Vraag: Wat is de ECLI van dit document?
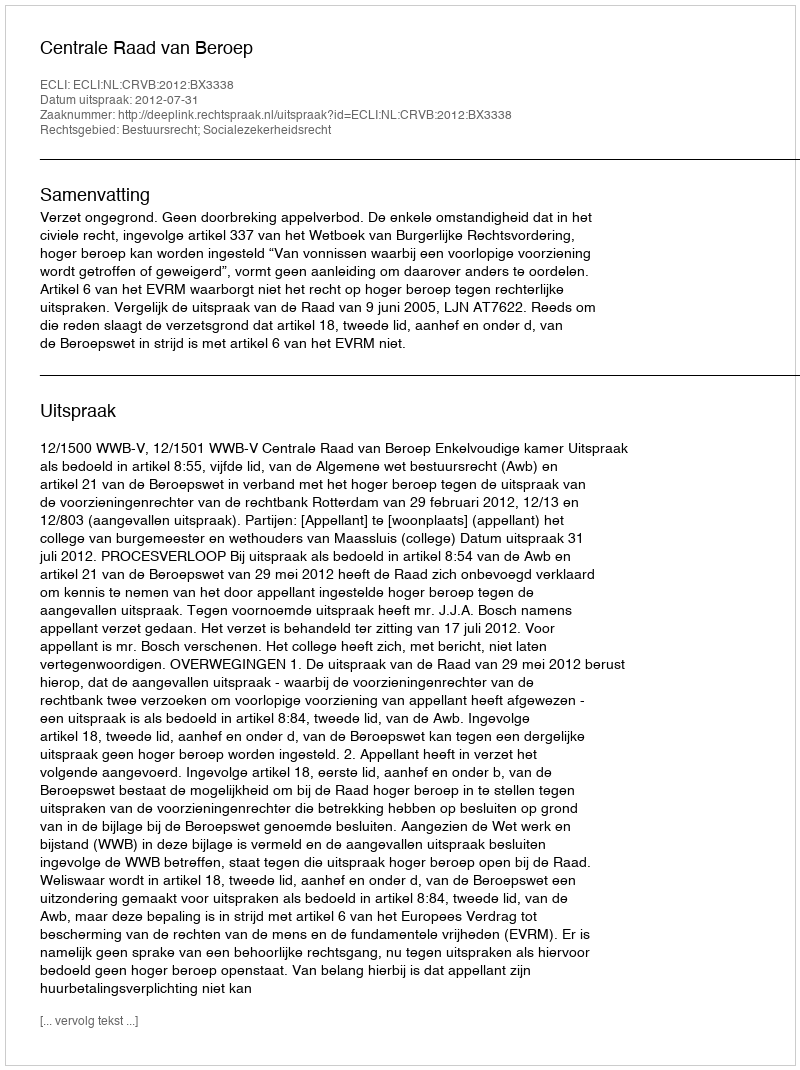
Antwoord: ECLI:NL:CRVB:2012:BX3338